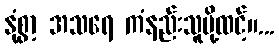
နုံစွာ့ အသရေ ကံနည်းသူမို့ထင့်။...